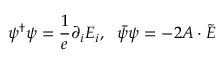
\psi ^ { \dagger } \psi = \frac { 1 } { e } \partial _ { i } E _ { i } , \ \ \bar { \psi } \psi = - 2 A \cdot \tilde { E }